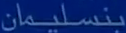
بنسليمان